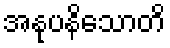
အနုပနိသောတိ